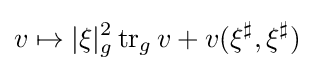
v\mapsto |\xi |_{g}^{2}\operatorname {tr} _{g}v+v(\xi ^{\sharp },\xi ^{\sharp })